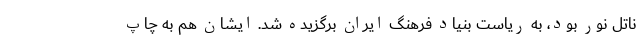
ناتل نور بود، به ریاست بنیاد فرهنگ ایران برگزیده شد. ایشان هم به چاپ